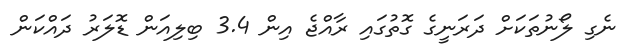
ނެގި ލޯނުތަކަށް ދަރަނީގެ ގޮތުގައި ރާއްޖެ އިން 3.4 ބިލިއަން ޑޮލަރު ދައްކަން